Report on vaccination North-West Frontier Province 1904-1922 - 1904-1922
Year: 1904
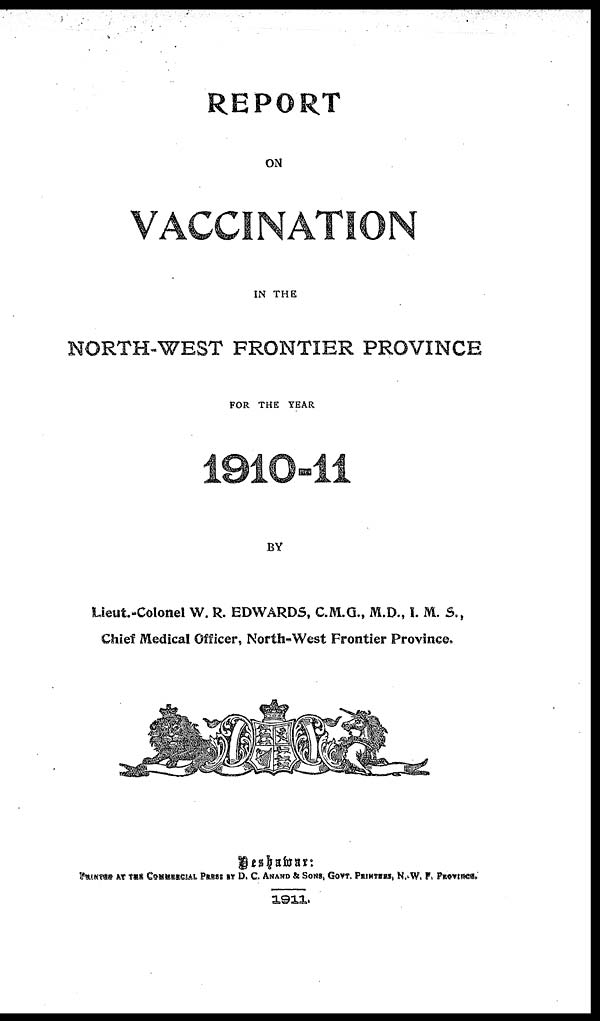
REPORT
ON
VACCINATION
IN THE
NORTH-WEST FRONTIER PROVINCE
FOR THE YEAR
1910-11
BY
Lieut.-Colonel W. R. EDWARDS, C.M.G., M.D., I. M. S.,
Chief Medical Officer, North-West Frontier Province.
Peshawar:
PRINTED AT THE COMMERCIAL PRESS BY D. C. ANAND & SONS, GOVT. PRINTERS, N.-W. F. PROVINCE.
1911.